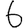
Digit: 6